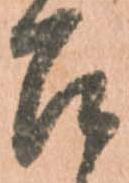
召